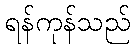
ရန်ကုန်သည်